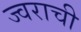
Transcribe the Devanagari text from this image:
ज्वराची